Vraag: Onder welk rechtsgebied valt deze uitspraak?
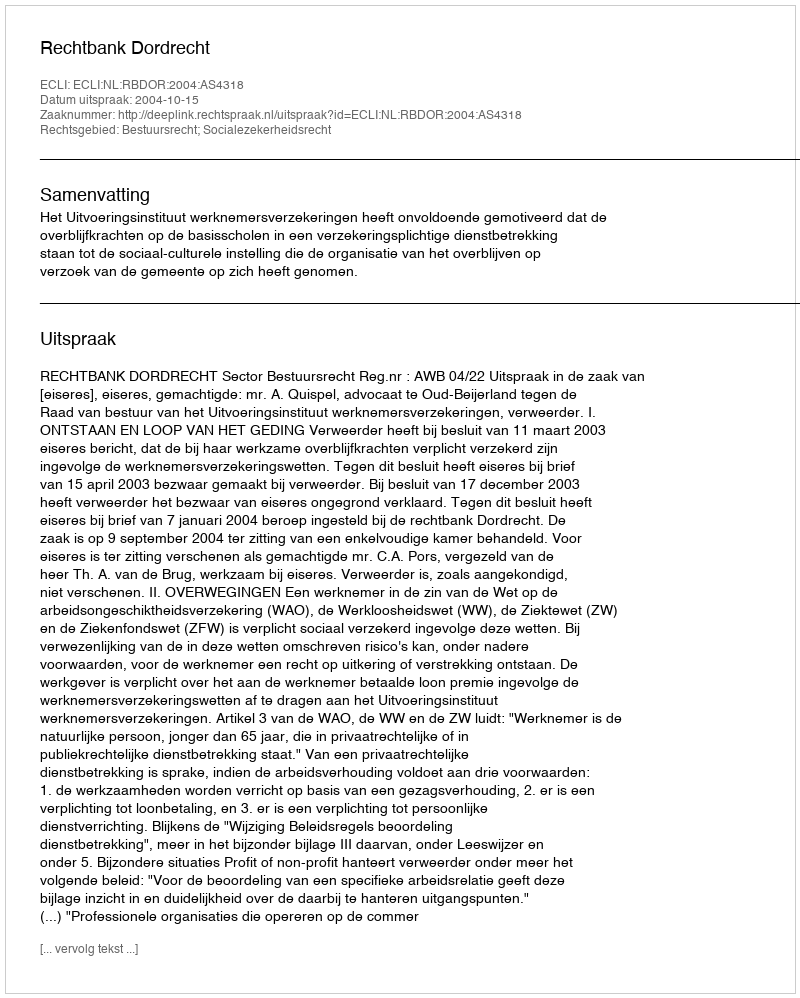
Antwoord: Bestuursrecht; Socialezekerheidsrecht